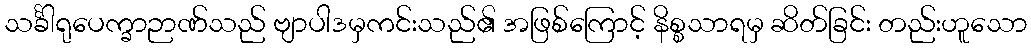
သင်္ခါရုပေက္ခာဉာဏ်သည် ဗျာပါဒမှကင်းသည်၏ အဖြစ်ကြောင့် နိစ္စသာရမှ ဆိတ်ခြင်း တည်းဟူသော